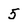
Character: 5